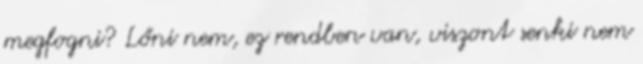
megfogni? Lőni nem, ez rendben van, viszont senki nem